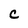
Character: c